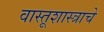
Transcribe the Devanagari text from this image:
वास्तूशास्त्राचे